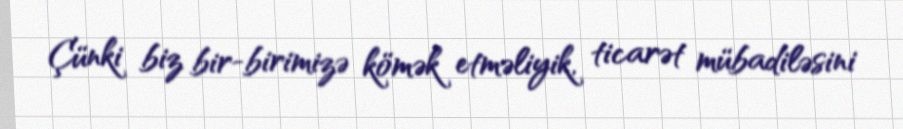
Çünki biz bir-birimizə kömək etməliyik, ticarət mübadiləsini